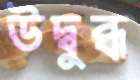
উদ্বুব্ধ